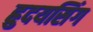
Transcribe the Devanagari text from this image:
ह्रुदयसिंग